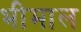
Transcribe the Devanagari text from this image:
भीमाल